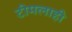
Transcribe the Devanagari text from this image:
टीमलाही